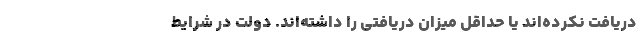
دریافت نکرده‌اند یا حداقل میزان دریافتی را داشته‌اند. دولت در شرایط